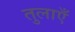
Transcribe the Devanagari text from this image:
तुलाएँ